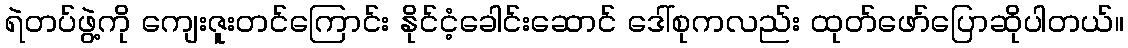
ရဲတပ်ဖွဲ့ကို ကျေးဇူးတင်ကြောင်း နိုင်ငံ့ခေါင်းဆောင် ဒေါ်စုကလည်း ထုတ်ဖော်ပြောဆိုပါတယ်။